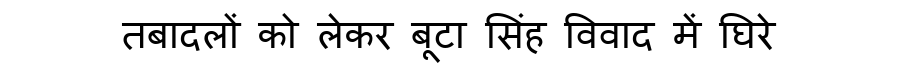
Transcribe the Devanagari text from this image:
तबादलों को लेकर बूटा सिंह विवाद में घिरे